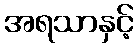
အရသာနှင့်